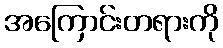
အကြောင်းတရားကို